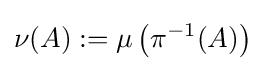
\nu (A):=\mu \left(\pi ^{-1}(A)\right)